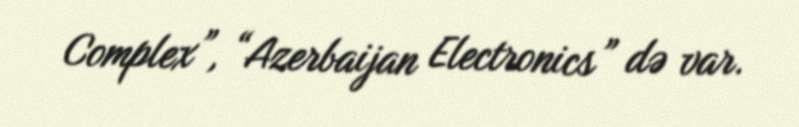
Complex”, “Azerbaijan Electronics” də var.